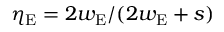
\eta _ { \mathrm { E } } = 2 w _ { \mathrm { E } } / ( 2 w _ { \mathrm { E } } + s )